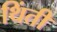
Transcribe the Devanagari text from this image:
थिंती